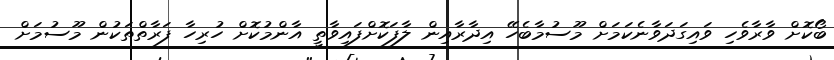
ބޯކޮށް ވާރާވެހި ވައިގަދަވާނެކަމަށް މޫސުމާބެހޭ އިދާރާއިން ލާފަކޮށްފައިވާތީ އާންމުކޮށް ހުރިހާ ފަރާތްތަކުން މޫސުމަށް